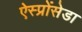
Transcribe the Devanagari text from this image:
ऐस्प्रोंसेडा